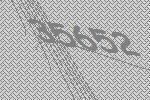
35652